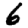
Digit: 6